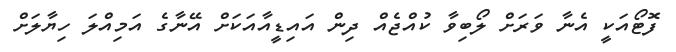
ފޮޓޯއަކީ އެނާ ވަރަށް ލޯބިވާ ކުއްޖެއް ދިން އައިޑީއާއަކަށް އޭނާގެ އަމިއްލަ ހިޔާލަށް